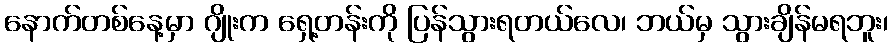
နောက်တစ်နေ့မှာ ဂျိုးက ရှေ့တန်းကို ပြန်သွားရတယ်လေ၊ ဘယ်မှ သွားချိန်မရဘူး၊